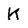
Character: k